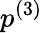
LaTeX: p^{(3)}